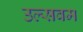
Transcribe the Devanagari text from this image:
उल्सवम